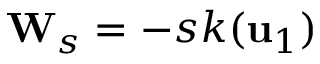
{ \mathbf W } _ { s } = - s k ( { \mathbf u } _ { 1 } )